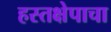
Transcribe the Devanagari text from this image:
हस्तक्षेपाचा